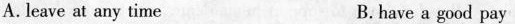
A. leave at any time B.have a good pay